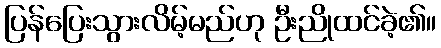
ပြန်ပြေးသွားလိမ့်မည်ဟု ဦးညိုထင်ခဲ့၏။